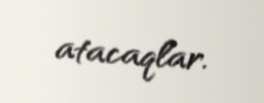
atacaqlar.